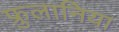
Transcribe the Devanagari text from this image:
फ्रुलानिया